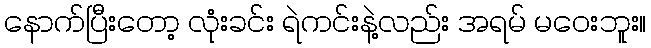
နောက်ပြီးတော့ လုံးခင်း ရဲကင်းနဲ့လည်း အရမ် မဝေးဘူး။